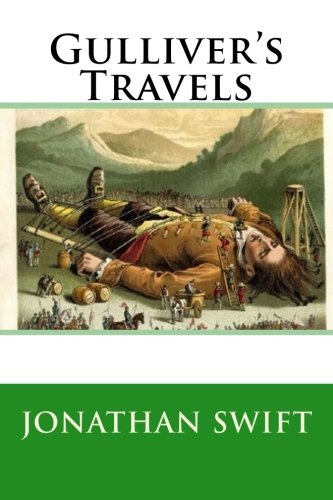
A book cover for Gulliver's Travels; Jonathan Swift; Literature & Fiction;